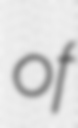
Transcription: of